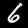
Digit: 6